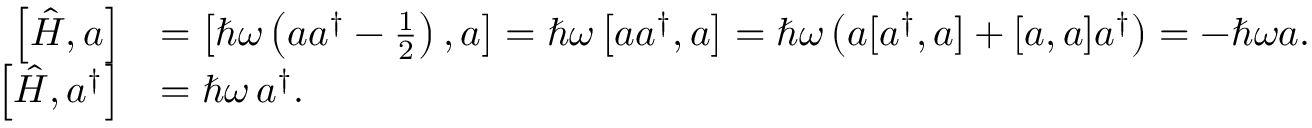
{ \begin{array} { r l } { \left[ { \hat { H } } , a \right] } & { = \left[ \hbar \omega \left( a a ^ { \dagger } - { \frac { 1 } { 2 } } \right) , a \right] = \hbar \omega \left[ a a ^ { \dagger } , a \right] = \hbar \omega \left( a [ a ^ { \dagger } , a ] + [ a , a ] a ^ { \dagger } \right) = - \hbar \omega a . } \\ { \left[ { \hat { H } } , a ^ { \dagger } \right] } & { = \hbar \omega \, a ^ { \dagger } . } \end{array} }